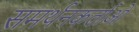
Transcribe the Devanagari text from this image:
समर्थनकर्ताओं